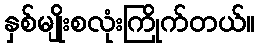
နှစ်မျိုးစလုံးကြိုက်တယ်။